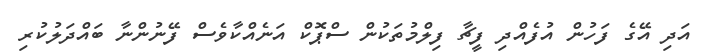
އަދި އޭގެ ފަހުން އުފެއްދި ފީޗާ ފިލްމުތަކުން ސްޕޮކް އަނެއްކާވެސް ފޭނުންނާ ބައްދަލުކުރި